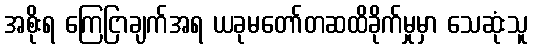
အစိုးရ ကြေငြာချက်အရ ယခုမတော်တဆထိခိုက်မှုမှာ သေဆုံးသူ